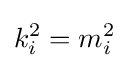
k_{i}^{2}=m_{i}^{2}